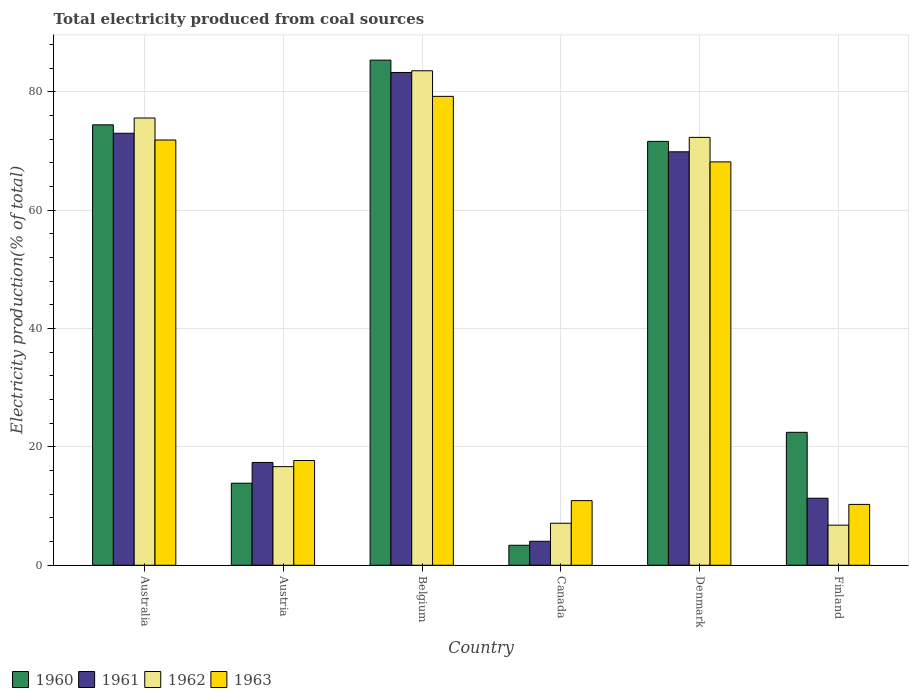
| Country | 1960 | 1961 | 1962 | 1963 |
 | --- | --- | --- | --- | --- |
 | Australia | 74.4 | 73 | 75.6 | 71.9 |
 | Austria | 13.9 | 17.4 | 16.7 | 17.7 |
 | Belgium | 85.4 | 83.3 | 83.6 | 79.2 |
 | Canada | 3.38 | 4.05 | 7.1 | 10.9 |
 | Denmark | 71.6 | 69.9 | 72.3 | 68.2 |
 | Finland | 22.5 | 11.3 | 6.78 | 10.3 |